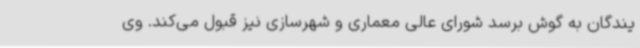
یندگان به گوش برسد شورای عالی معماری و شهرسازی نیز قبول می‌کند. وی